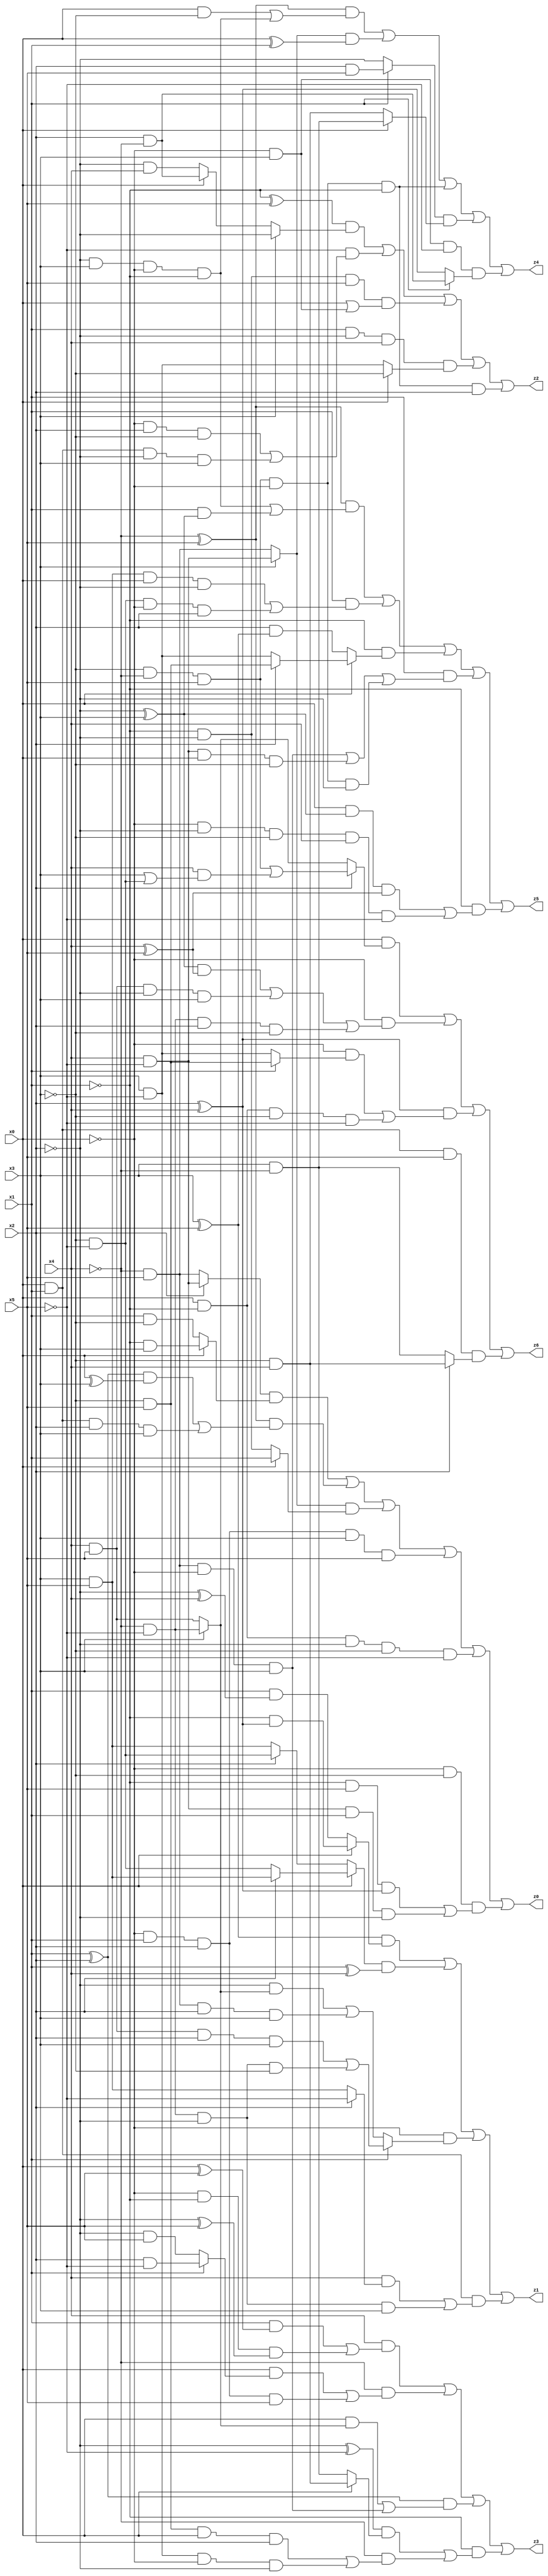
// Benchmark "X_23" written by ABC on Thu Jun 29 21:18:09 2023

module X_76 ( 
    x0, x1, x2, x3, x4, x5,
    z0, z1, z2, z3, z4, z5, z6  );
  input  x0, x1, x2, x3, x4, x5;
  output z0, z1, z2, z3, z4, z5, z6;
  assign z0 = ((x2 ? (x4 & ~x5) : (~x4 & x5)) & (x0 ? (~x1 & x3) : (x1 & ~x3))) | ((~x4 ^ x5) & (((x1 ^ x2) & (x0 ^ x3)) | (x0 & x1 & x2 & x3))) | ((x3 ? (x4 & ~x5) : (~x4 & x5)) & (x0 ? x1 : (~x1 & ~x2))) | (~x0 & x1 & x2 & x3 & x5) | (x0 & ~x1 & ~x2 & ~x3 & ~x5) | (~x0 & ~x3 & ((~x1 & x5 & (x2 ^ x4)) | (x4 & ~x5 & x1 & ~x2)));
  assign z1 = ((x3 ^ x5) & (x0 ? (~x1 & (x2 ^ x4)) : (x1 & (~x2 ^ x4)))) | ((x0 ? (x2 ? (x3 & x5) : (~x3 & ~x5)) : (x2 ? (~x3 & ~x5) : (x3 & x5))) & (x1 ^ x4)) | (~x0 & (x1 ? ((x4 & x5 & x2 & x3) | (~x4 & ~x5 & ~x2 & ~x3)) : ((~x2 & (x3 ? (~x4 & ~x5) : (x4 & x5))) | (~x4 & x5 & x2 & x3)))) | (x0 & x1 & ((x4 & (x2 ? ~x5 : (x3 & x5))) | (~x4 & ~x5 & ~x2 & x3)));
  assign z2 = ((~x1 ^ x5) & (x3 ? ~x2 : (x0 ? (x2 & ~x4) : (~x2 & x4)))) | (~x5 & ((~x0 & x2 & ~x3) | (x0 & x1 & ~x2 & x3))) | (~x1 & ~x2 & x5 & (x0 | (~x0 & x3))) | (x1 & ~x2 & x4 & (x0 ? ~x3 : (x3 & ~x5))) | (~x3 & ~x4 & x5 & ~x0 & ~x1 & x2);
  assign z3 = (x4 & ((x1 & (x0 ^ x5)) | (~x0 & ~x1 & (~x2 ^ x5)))) | (~x4 & ((x0 & (x1 ? (x2 & ~x5) : (~x2 & x5))) | (~x0 & x1 & x2 & x5))) | ((x1 ^ x2) & ((x0 & (x3 ? (~x4 & ~x5) : (x4 & x5))) | (~x4 & x5 & ~x0 & x3))) | (~x1 & (((~x2 ^ ~x5) & (x0 ? (~x3 & x4) : (x3 & ~x4))) | (~x4 & ((~x3 & x5 & x0 & x2) | (x3 & ~x5 & ~x0 & ~x2)))));
  assign z4 = ((~x4 ^ x5) & ((x0 & ~x3) | (~x2 & x3 & ~x0 & ~x1))) | ((x3 ? (x4 & ~x5) : (~x4 & x5)) & (x0 ^ x1)) | (~x3 & ~x4 & x5 & ~x0 & ~x1) | ((x1 ? (x2 & x5) : ~x2) & (x0 ? (x3 & ~x4) : (~x3 & x4))) | (~x0 & x3 & ~x5 & (x1 ? (x2 & ~x4) : (x2 ^ x4)));
  assign z5 = ((~x4 ^ x5) & ((~x2 & x3 & ~x0 & ~x1) | (x1 & (~x2 ^ x3)))) | (x1 & ((x3 & x5 & x0 & ~x2) | (~x3 & ~x5 & ~x0 & x2))) | (~x1 & (x0 ? (x2 ? (~x3 & x5) : (x3 & ~x5)) : (x2 & (x3 ^ x5)))) | (x1 & ((~x4 & x5 & ~x0 & x3) | (x4 & ~x5 & x0 & ~x3) | (~x3 & ~x4 & x5 & ~x0 & ~x2))) | (~x1 & ((x0 & (~x2 ^ x3) & (x4 ^ x5)) | (~x0 & ~x2 & ~x3 & x4 & ~x5)));
  assign z6 = (x0 & (x2 ? ((~x3 & ~x4 & x5) | (x4 & (x3 | (~x3 & ~x5)))) : (x3 ? (~x4 & ~x5) : (x4 & x5)))) | (~x0 & (((~x2 ^ x3) & (x4 ^ x5)) | (x4 & x5 & ~x2 & x3) | (~x4 & ~x5 & x2 & ~x3))) | ((x2 ^ x4) & ((~x0 & (x1 ? (~x3 & x5) : (x3 & ~x5))) | (x0 & ~x1 & ~x3 & ~x5))) | (x0 & x1 & x5 & (x2 ? (~x3 & x4) : (x3 & ~x4)));
endmodule